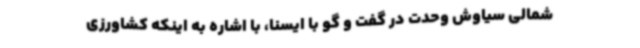
شمالی سیاوش وحدت در گفت و گو با ایسنا، با اشاره به اینکه کشاورزی